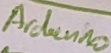
Text: Ardiuno